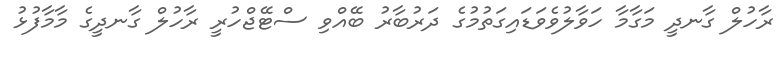
ރާހުލް ގާނދީ މަގާމާ ހަވާލުވެވަޑައިގަތުމުގެ ދަރުބާރު ބޭއްވި ސްޓޭޖްހުރީ ރާހުލް ގާނދީގެ މާމާފުޅު